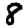
Digit: 8